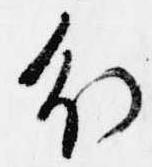
分